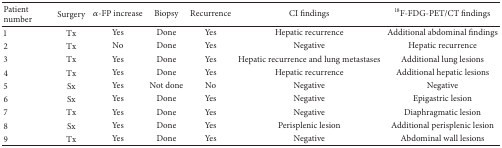
<table><thead><tr><td><b>Patient number</b></td><td><b>Surgery</b></td><td><b><i>α</i>-FP increase</b></td><td><b>Biopsy</b></td><td><b>Recurrence</b></td><td><b>CI findings</b></td><td><b><sup>18</sup>F-FDG-PET/CT findings</b></td></tr></thead><tbody><tr><td>1</td><td>Tx</td><td>Yes</td><td>Done</td><td>Yes</td><td>Hepatic recurrence</td><td>Additional abdominal findings</td></tr><tr><td>2</td><td>Tx</td><td>No</td><td>Done</td><td>Yes</td><td>Negative</td><td>Hepatic recurrence</td></tr><tr><td>3</td><td>Tx</td><td>Yes</td><td>Done</td><td>Yes</td><td>Hepatic recurrence and lung metastases</td><td>Additional lung lesions</td></tr><tr><td>4</td><td>Tx</td><td>Yes</td><td>Done</td><td>Yes</td><td>Hepatic recurrence</td><td>Additional hepatic lesions</td></tr><tr><td>5</td><td>Sx</td><td>Yes</td><td>Not done</td><td>No</td><td>Negative</td><td>Negative</td></tr><tr><td>6</td><td>Sx</td><td>Yes</td><td>Done</td><td>Yes</td><td>Negative</td><td>Epigastric lesion</td></tr><tr><td>7</td><td>Tx</td><td>Yes</td><td>Done</td><td>Yes</td><td>Negative</td><td>Diaphragmatic lesion</td></tr><tr><td>8</td><td>Sx</td><td>Yes</td><td>Done</td><td>Yes</td><td>Perisplenic lesion</td><td>Additional perisplenic lesion</td></tr><tr><td>9</td><td>Tx</td><td>Yes</td><td>Done</td><td>Yes</td><td>Negative</td><td>Abdominal wall lesions</td></tr></tbody></table>